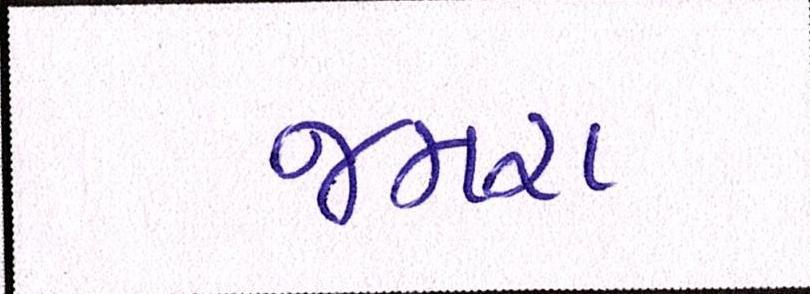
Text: જમરા